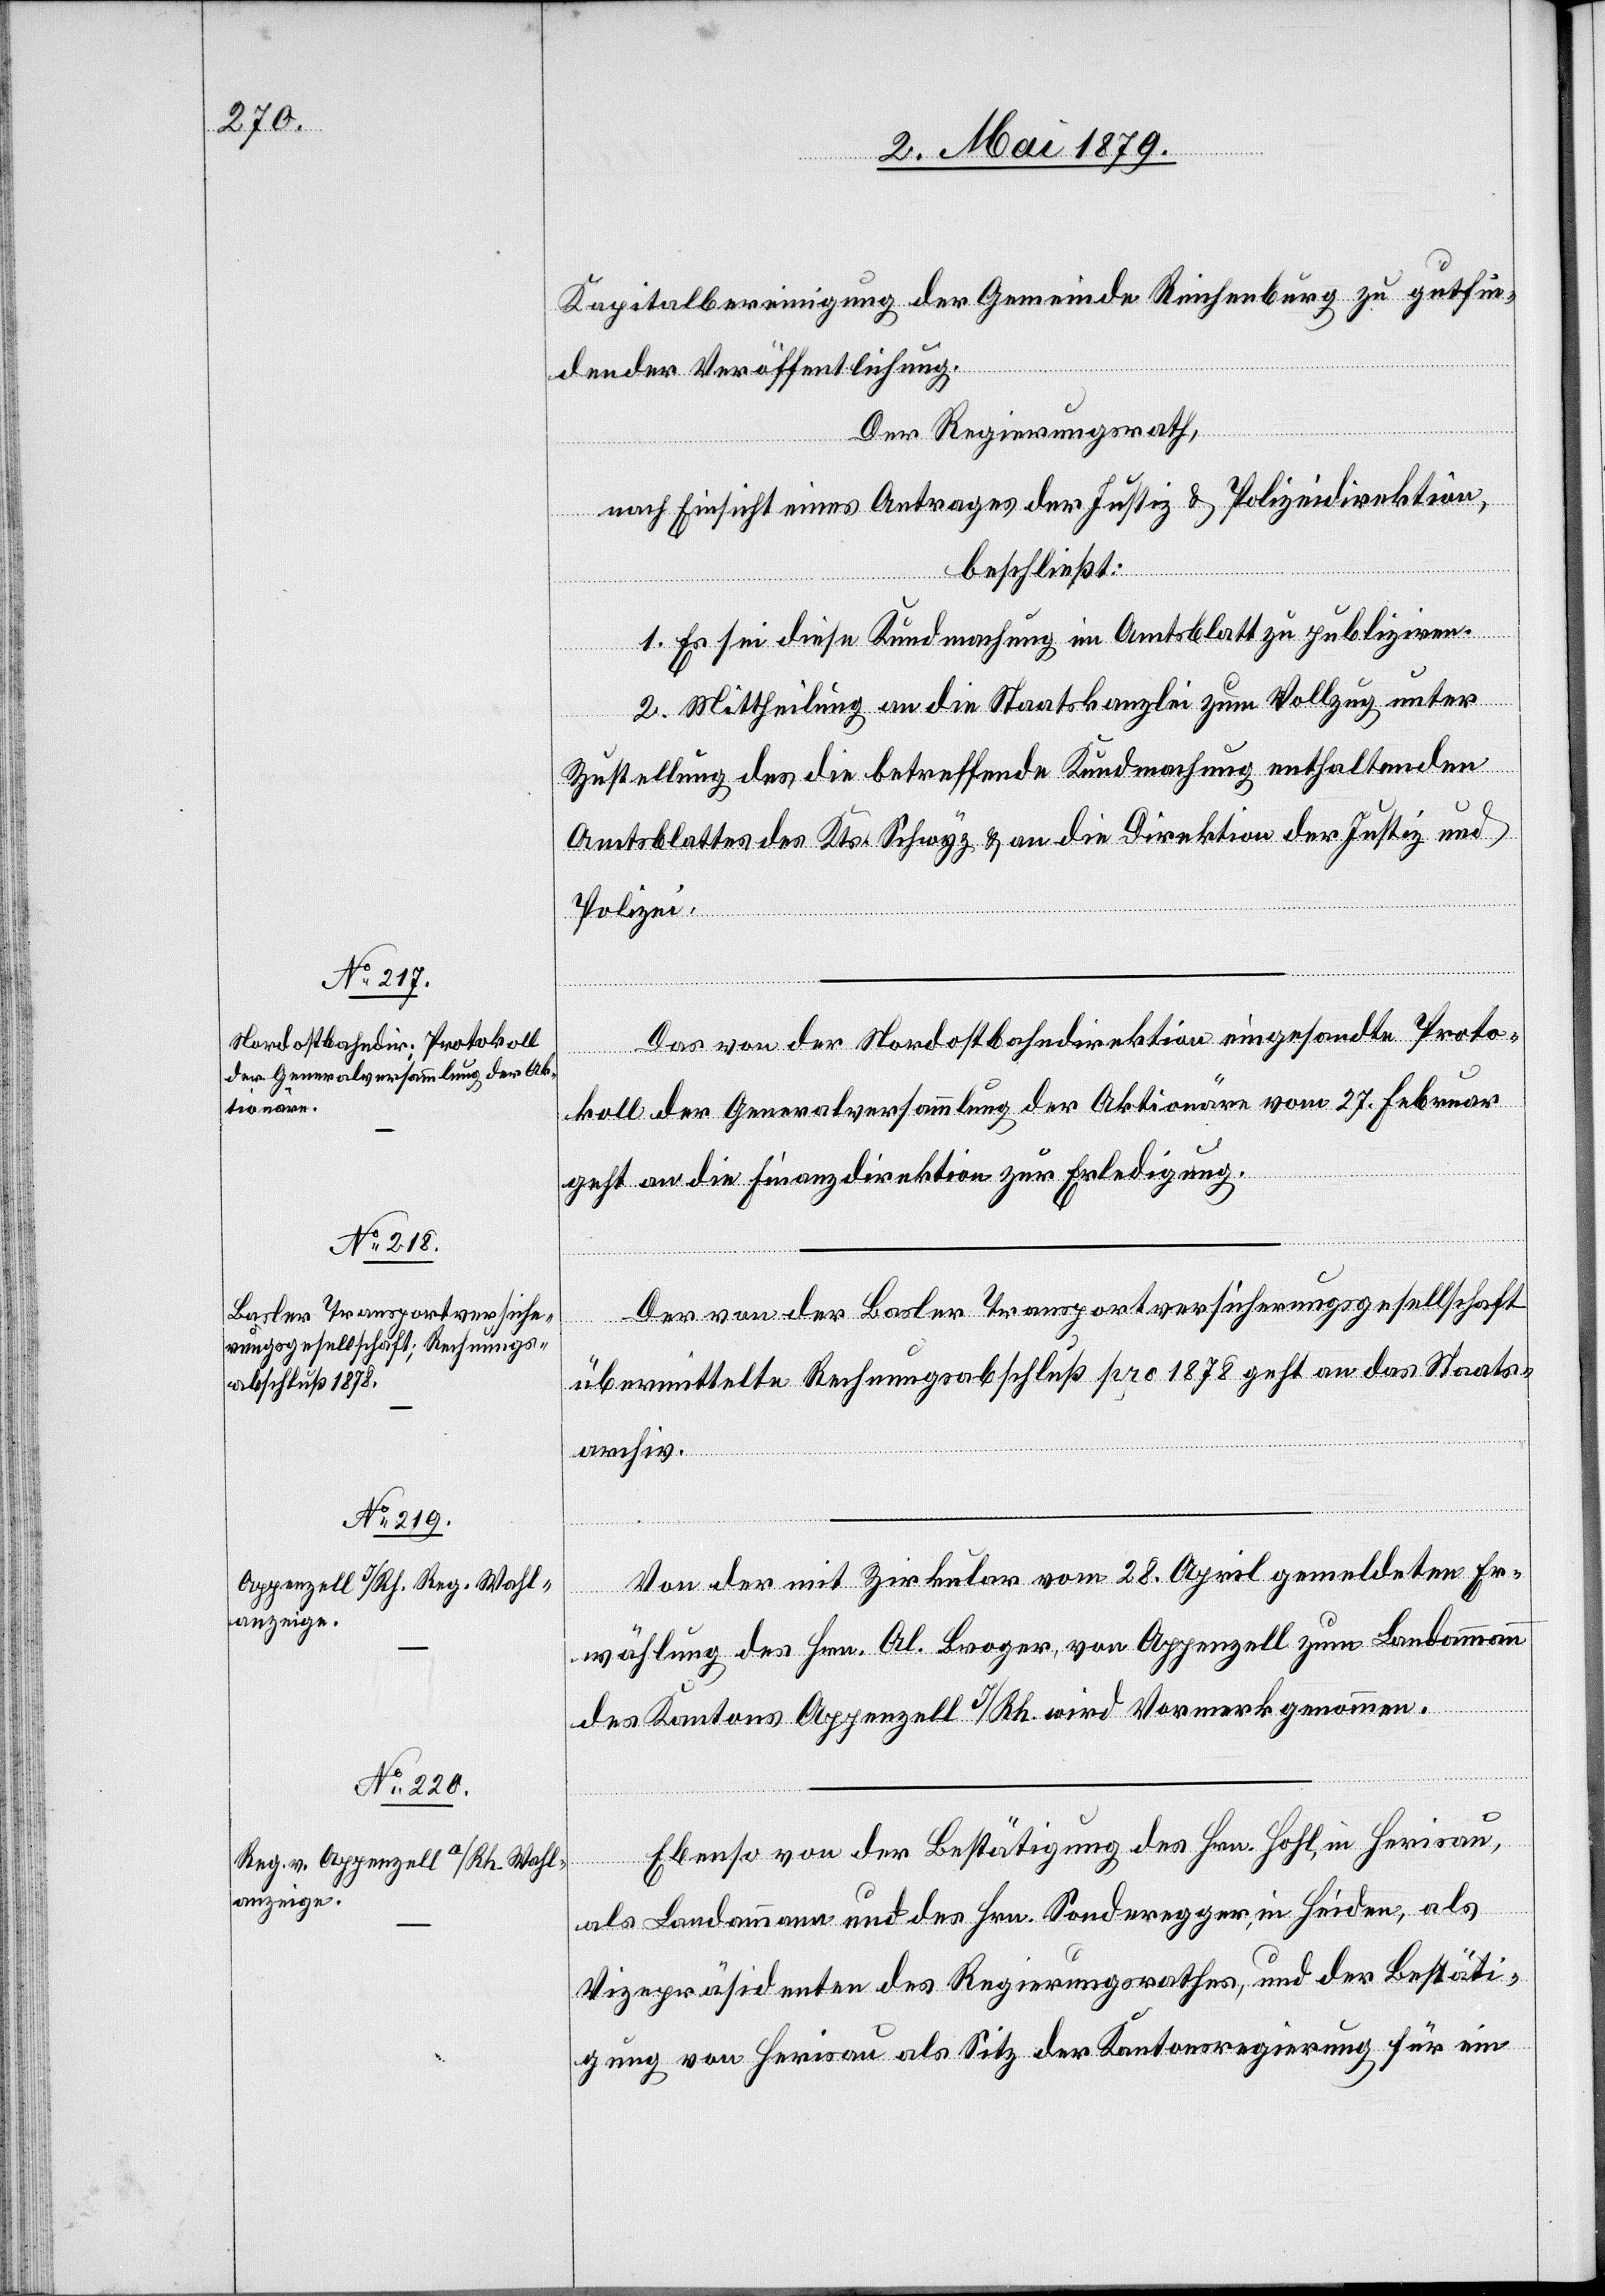
Kapitalbereinigung der Gemeinde Reichenburg zu gutfin¬
dender Veröffentlichung.
Der Regierungsrath,
nach Einsicht eines Antrages der Justiz[-] & Polizeidirektion,
beschließt:
1. Es sei diese Kundmachung im Amtsblatt zu publiziren.
2. Mittheilung an die Staatskanzlei zum Vollzug unter
Zustellung des die betreffende Kundmachung enthaltenden
Amtsblattes des Kts. Schwyz & an die Direktion der Justiz und
Polizei.
Das von der Nordostbahndirektion eingesandte Proto¬
koll der Generalversammlung der Aktionäre vom 27. Februar
geht an die Finanzdirektion zur Erledigung.
Der von der Basler Transportversicherungsgesellschaft
übermittelte Rechnungsabschluß pro 1878 geht an das Staats¬
archiv.
Von der mit Zirkular vom 28. April gemeldeten Er¬
wählung des Hrn. Al. Broger, von Appenzell zum Landammann
des Kantons Appenzell I/Rh. wird Vormerk genommen.
Ebenso von der Bestätigung des Hrn. Hohl, in Herisau,
als Landammann und des Hrn. Sonderegger, in Heiden, als
Vizepräsidenten des Regierungsrathes, und der Bestäti¬
gung von Herisau als Sitz der Kantonsregierung für ein